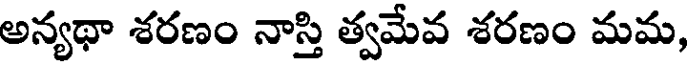
అన్యథా శరణం నాస్తి త్వమేవ శరణం మమ,